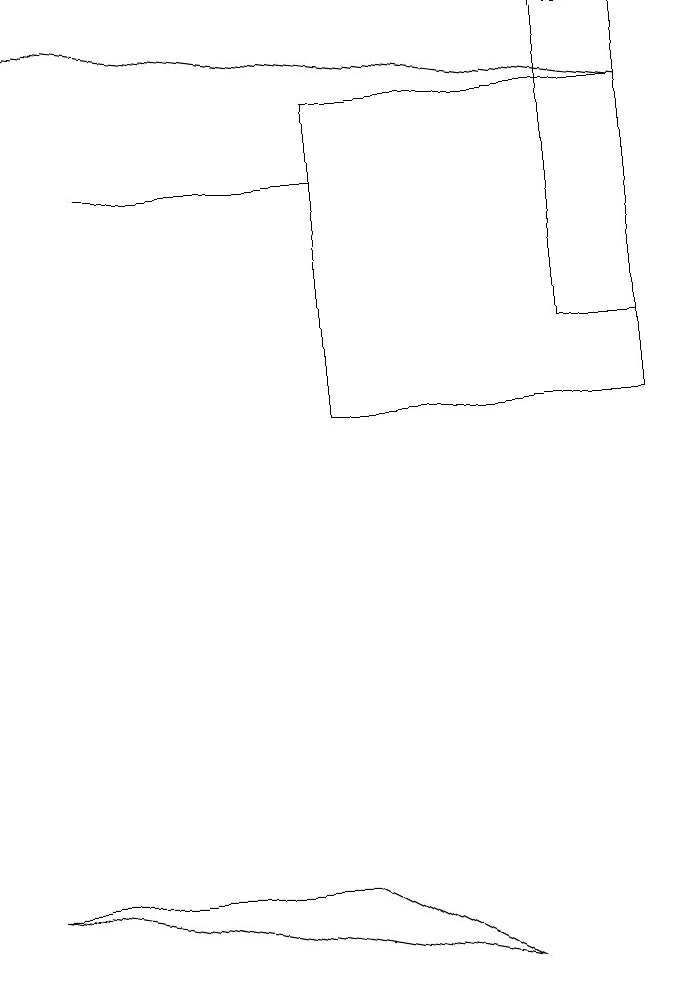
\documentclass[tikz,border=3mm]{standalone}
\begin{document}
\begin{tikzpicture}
\draw (0,4) -- (4,4) -- (6,3) -- cycle;
\draw[->] (8,14) -- (0,15);
\draw (7,15) rectangle (8,11);
\draw (1,13) rectangle (4,13);
\draw (8,10) rectangle (4,14);
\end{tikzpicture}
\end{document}